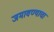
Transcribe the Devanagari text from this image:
जमावण्याचा